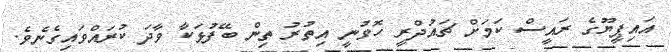
އައިޕީޔޫގެ ރައީސް ކަމަށް ޗައުދްރީ ހޮވުނީ އިތުރު ތިން ބޭފުޅަކާ ވާދަ ކުރައްވައިގެނެވެ.